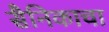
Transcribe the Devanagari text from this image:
सैनिकाचा